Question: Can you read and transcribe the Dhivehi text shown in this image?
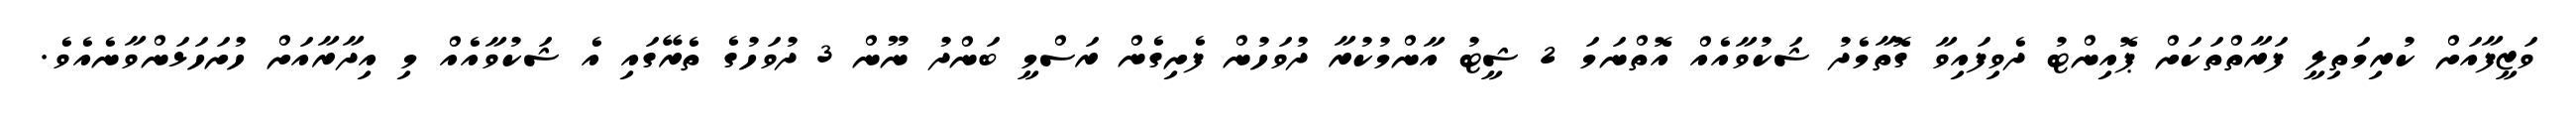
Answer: ވަޒީފާއަށް ކުރިމަތިލީ ފަރާތްތަކަށް ޕޮއިންޓު ދެވިފައިވާ ގޮތާމެދު ޝަކުވާއެއް އޮތްނަމަ 2 ޝީޓު އާންމުކުރާ ދުވަހުން ފެށިގެން ރަސްމީ ބަންދު ނޫން 3 ދުވަހުގެ ތެރޭގައި އެ ޝަކުވާއެއް މި އިދާރާއަށް ހުށަހަޅަންވާނެއެވެ.